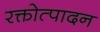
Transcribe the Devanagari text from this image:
रक्तोत्पादन